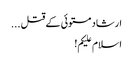
ارشاد مستوئی کے قتل ...
اسلام علیکم!